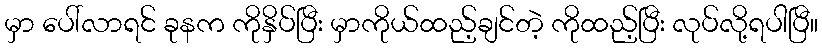
မှာ ပေါ်လာရင် ခုနက ကိုနှိပ်ပြီး မှာကိုယ်ထည့်ချင်တဲ့ ကိုထည့်ပြီး လုပ်လို့ရပါပြီ။